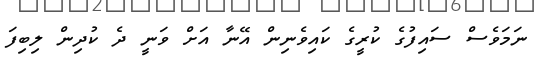
ނަމަވެސް ސައިފުގެ ކުރީގެ ކައިވެނިން އޭނާ އަށް ވަނީ ދެ ކުދިން ލިބިފަ